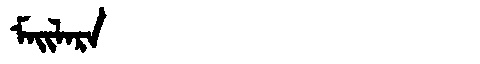
Manchu: ᠮᠠᡳᠯᠠᡵᠠ
Romanization: MAILARA